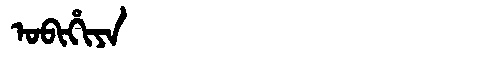
Manchu: ᠣᠪᡳᡥᡳᠶᠠ
Romanization: OBIHIYA